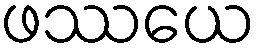
ဖဿယေ